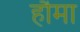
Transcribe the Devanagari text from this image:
हौमा